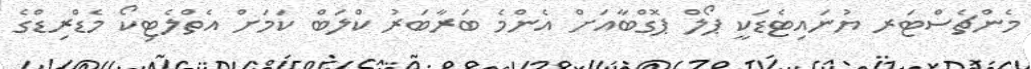
މެންޗެސްޓަރ ޔުނައިޓެޑަކީ ޕޯލް ޕޮގްބާއަށް އެންމެ ބަރާބަރު ކްލަބް ކަމަށް އެތްލެޓިކޯ މެޑްރިޑްގެ